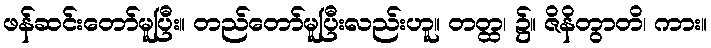
ဖန်ဆင်းတော်မူပြီး။ တည်တော်မူပြီးလည်းဟူ။ တတ္ထ၊ ၌။ ဇိနိတွာတိ၊ ကား။